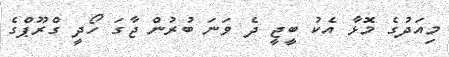
މިއަދުގެ މޮޅާ އެކު ބީޖީ ދެ ވަނަ ބުރުން ޖާގަ ހޯދީ ގްރޫޕްގެ